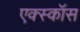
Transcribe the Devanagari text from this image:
एक्स्कॉस